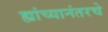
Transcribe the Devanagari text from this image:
ह्यांच्यानंतरचे